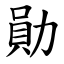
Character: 勛